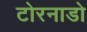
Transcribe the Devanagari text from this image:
टोरनाडो